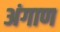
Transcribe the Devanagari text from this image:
अंगाण